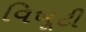
વિખૂટી